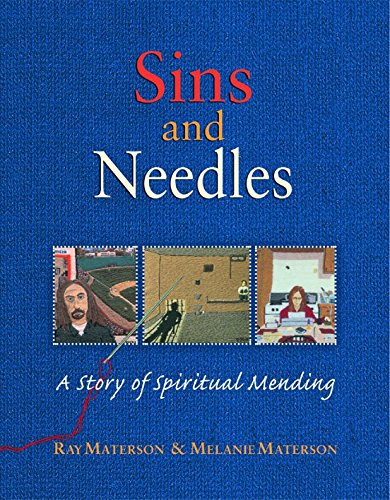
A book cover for Sins and Needles: A Story of Spiritual Mending; Melanie Materson; Crafts, Hobbies & Home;